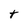
Character: t